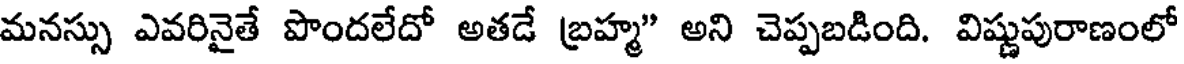
మనస్సు ఎవరినైతే పొందలేదో అతడే బ్రహ్మ" అని చెప్పబడింది. విష్ణుపురాణంలో